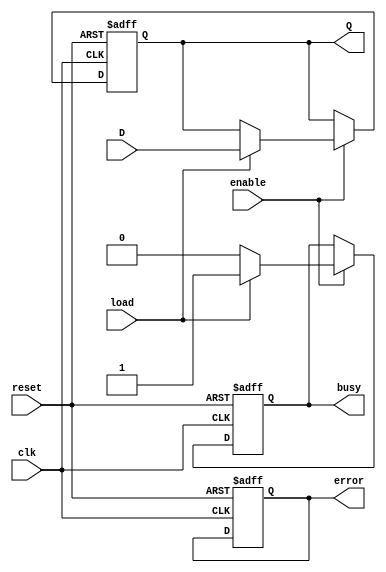
module ControlRegister (
    input wire clk,        // Clock signal
    input wire reset,      // Reset signal
    input wire load,       // Load signal
    input wire enable,     // Enable signal
    input wire [7:0] D,    // Data input (8-bit)
    output reg [7:0] Q,    // Data output (8-bit)
    output reg busy,       // Status flag: busy
    output reg error       // Status flag: error
);

    // Initial state
    initial begin
        Q = 8'b0;          // Default state
        busy = 1'b0;      // Not busy initially
        error = 1'b0;     // No error initially
    end

    // Sequential logic for the control register
    always @(posedge clk or posedge reset) begin
        if (reset) begin
            Q <= 8'b0;    // Clear register on reset
            busy <= 1'b0; // Not busy after reset
            error <= 1'b0; // No error after reset
        end else if (enable) begin
            if (load) begin
                Q <= D;    // Load data into register
                busy <= 1'b1; // Set busy flag when loading
            end else begin
                busy <= 1'b0; // Clear busy flag if not loading
            end
        end
    end

    // Optional: Error handling can be implemented here
    // For example, setting the error flag if invalid conditions are met

endmodule